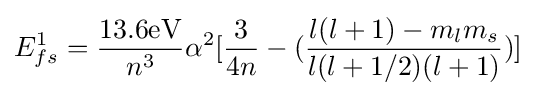
E_{fs}^{1}={\frac {13.6{\text{eV}}}{n^{3}}}\alpha ^{2}\lbrack {\frac {3}{4n}}-({\frac {l(l+1)-m_{l}m_{s}}{l(l+1/2)(l+1)}})\rbrack